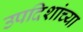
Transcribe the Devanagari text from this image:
उपदिशांच्या